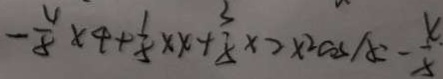
- \frac { 4 } { 8 } \times 4 + \frac { 1 } { 8 } \times x + \frac { 3 } { 8 } \times 2 \times 2 \cos A = - \frac { 4 . } { 8 }